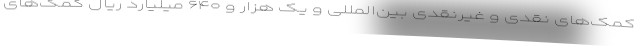
کمک‌های نقدی و غیرنقدی بین‌المللی و یک هزار و ۶۴۰ میلیارد ریال کمک‌های